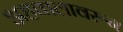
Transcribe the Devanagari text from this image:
अहवालावरून